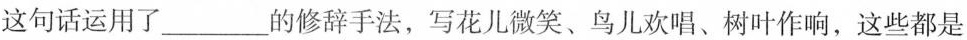
这句话运用了___的修辞手法，写花儿微笑、鸟儿欢唱、树叶作响，这些都是